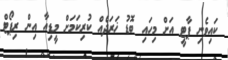
ކައިވެނި ޕާޓީ އަށް މިހައި ބޮޑު ޚަރަދެއް ކުރިކަމަށް މީޑިއާ އިން ރިޕޯޓް